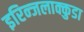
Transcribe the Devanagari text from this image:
इरिन्जलाक्कुडा